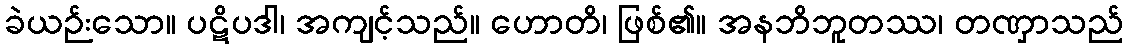
ခဲယဉ်းသော။ ပဋိပဒါ၊ အကျင့်သည်။ ဟောတိ၊ ဖြစ်၏။ အနဘိဘူတဿ၊ တဏှာသည်